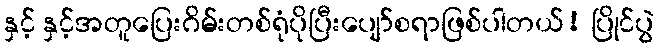
နှင့် နှင့်အတူပြေးဂိမ်းတစ်ရုံပိုပြီးပျော်စရာဖြစ်ပါတယ်! ပြိုင်ပွဲ